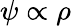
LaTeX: \psi\propto\rho